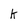
Character: k